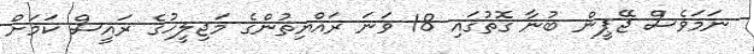
ނަމަވެސް ޖޭޕީން ބުނާ ގޮތުގައި 18 ވަނަ ރައްޔިތުންގެ މަޖިލީހުގެ ރައީސް ކަމަށް